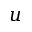
u